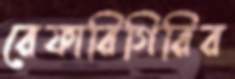
রেফারিগিরির